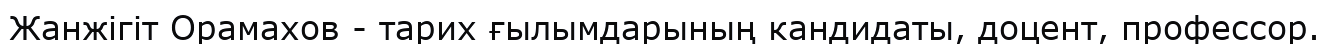
Жанжігіт Орамахов - тарих ғылымдарының кандидаты, доцент, профессор.